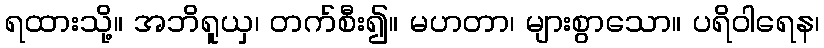
ရထားသို့။ အဘိရူယှ၊ တက်စီး၍။ မဟတာ၊ များစွာသော။ ပရိဝါရေန၊